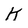
Character: K